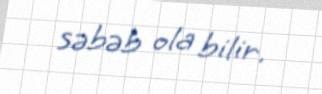
səbəb ola bilir.